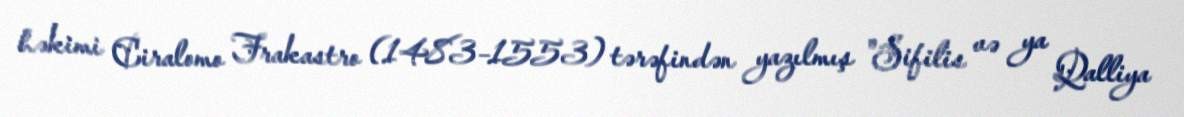
həkimi Ciralomo Frakastro (1483–1553) tərəfindən yazılmış "Sifilis və ya Qalliya